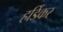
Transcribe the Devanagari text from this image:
हर्डिकर